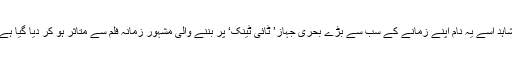
شاہد اسے یہ نام اپنے زمانے کے سب سے بڑے بحری جہاز’ ٹائی ٹینک‘ پر بننے والی مشہور زمانہ فلم سے متاثر ہو کر دیا گیا ہے۔